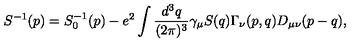
S ^ { - 1 } ( p ) = S _ { 0 } ^ { - 1 } ( p ) - e ^ { 2 } \int \frac { d ^ { 3 } q } { ( 2 \pi ) ^ { 3 } } \gamma _ { \mu } S ( q ) \Gamma _ { \nu } ( p , q ) D _ { \mu \nu } ( p - q ) ,